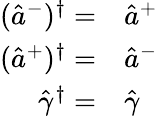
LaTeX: \begin{array}{rl}{(\hat{a}^{-})^{\dagger}=}&{{}\hat{a}^{+}}\\ {(\hat{a}^{+})^{\dagger}=}&{{}\hat{a}^{-}}\\ {\hat{\gamma}^{\dagger}=}&{{}\hat{\gamma}}\end{array}